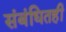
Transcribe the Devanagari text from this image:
संबंधितही